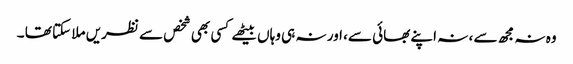
وہ نہ مجھ سے ، نہ اپنے بھائی سے، اور نہ ہی وہاں بیٹھے کسی بھی شخص سے نظریں ملا سکتا تھا ۔